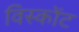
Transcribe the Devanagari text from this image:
विस्कोंट